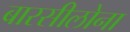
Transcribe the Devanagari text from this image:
बारसीलोना